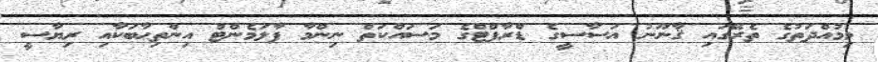
މިމުއްދަތުގެ ތެރޭގައި ޤާނޫނު އަސާސީގެ ޑްރާފްޓްގެ މަސައްކަތް ނިންމާ ޕާލަމެންޓް އިންތިޙާބަކާއި ރިޔާސީ